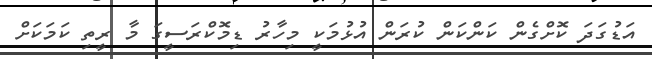
އަޑުގަދަ ކޮށްގެން ކަންކަން ކުރަން އުޅުމަކީ މިހާރު ޑިމޮކްރަސީގަ މާ ރީތި ކަމަކަށް